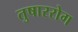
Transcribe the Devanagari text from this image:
तुषाररोग